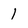
Character: 1